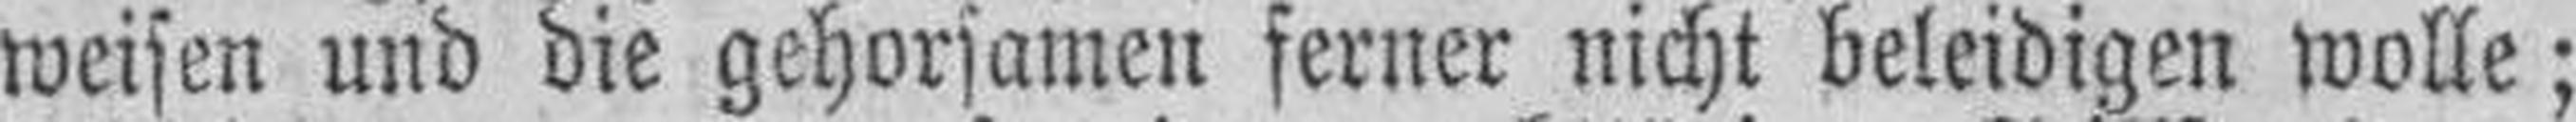
weisen und die gehorsamen ferner nicht beleidigen wolle;